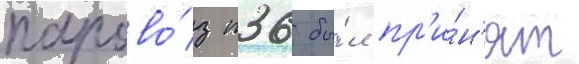
парово́з п36 бы́л пр'и́н'ят